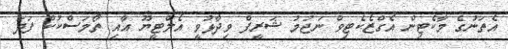
އެތަނުގެ މާކެޓިން އެގްޒެކެޓިވް ނަޖުމު ޝަރީފް ވިދާޅުވީ އެލްޓީޔޫ އާއި ތޯމަސްކުކް ފަދަ